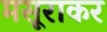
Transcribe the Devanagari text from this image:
मसूराकर